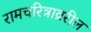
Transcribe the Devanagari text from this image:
रामचरित्राव्ररील